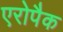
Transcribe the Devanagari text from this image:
एरोपैक